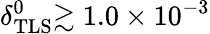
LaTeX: \delta_{\mathrm{TLS}}^{0}\mathrm{\gtrsim 1.0\times 10^{-3}}